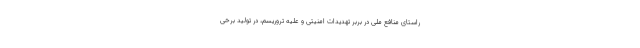
راستای منافع ملی در بربر تهدیدات امنیتی و علیه تروریسم، در تولید برخی